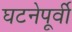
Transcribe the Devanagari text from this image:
घटनेपूर्वी